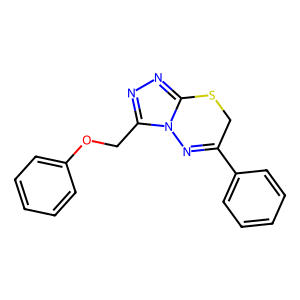
SMILES: c1ccc(OCc2nnc3n2N=C(c2ccccc2)CS3)cc1
Inhibits HIV replication: No